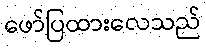
ဖော်ပြထားလေသည်